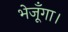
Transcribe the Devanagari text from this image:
भेजूँगा।